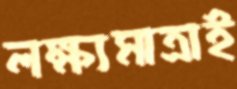
লক্ষ্যমাত্রাই